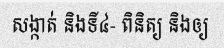
សង្កាត់ និងទី៤- ពិនិត្យ និងឲ្យ